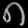
Digit: ၈